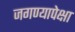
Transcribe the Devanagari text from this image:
जगण्यापेक्षा